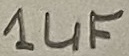
Text: 1uF